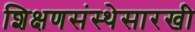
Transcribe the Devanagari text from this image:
शिक्षणसंस्थेसारखी